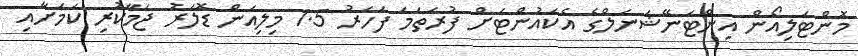
މޮންޓަލިއޯން އިންޓަނޭޝަނަލްގެ އެކައުންޓަށް ފުރަތަމަ ފަހަރު 1.5 މިލިއަން ޑޮލަރު ޖަމާކުރި ކަމަށާއި